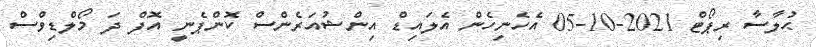
ޙުލާސާ ރިޕޯޓް 2021-10-05 އެހެނިހެން އެލައިޑް އިންޝުއަރެންސް ކޮންޕެނީ އޮފް ދަ މޯލްޑިވްސް